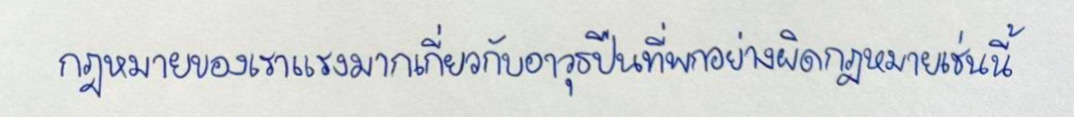
กฎหมายของเราแรงมากเกี่ยวกับอาวุธปืนที่พกอย่างผิดกฎหมายเช่นนี้